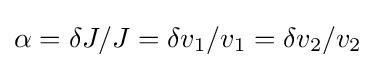
\alpha =\delta J/J=\delta v_{1}/v_{1}=\delta v_{2}/v_{2}